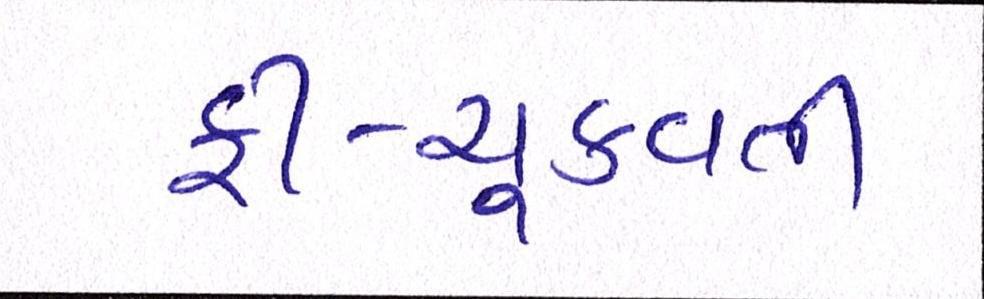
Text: ફી-ચૂકવતી